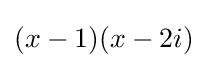
(x-1)(x-2i)